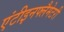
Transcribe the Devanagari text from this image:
एंटीइनफ्लैमेटरी